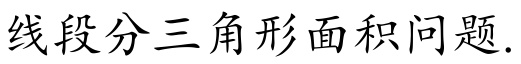
线段分三角形面积问题.